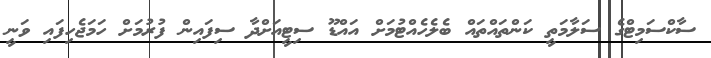
ސާކްސަމިޓްގެ ސަލާމަތީ ކަންތައްތައް ބެލެހެއްޓުމަށް އައްޑޫ ސިޓީއަށްދާ ސިފައިން ފުރުމަށް ހަމަޖެހިފައި ވަނީ